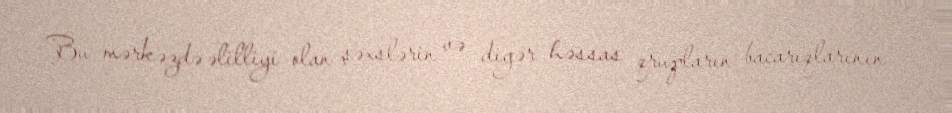
Bu mərkəzdə əlilliyi olan şəxslərin və digər həssas qrupların bacarıqlarının